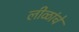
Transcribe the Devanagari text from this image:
लीळांचे